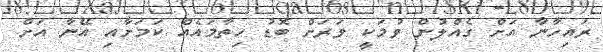
ރައިހާނާ އަށް ގެއްލުން ވުމަކީ ވަރަށް ބޮޑު ހިތާމައެއް ކަމަށާއި އޭނާ އަށް